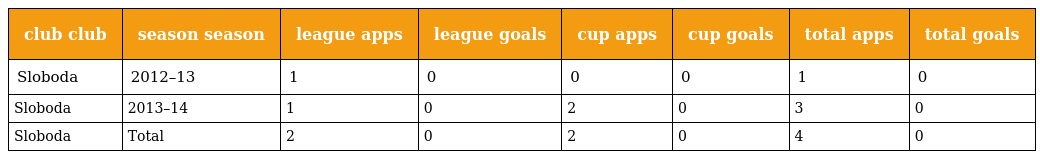
| club club | season season | league apps | league goals | cup apps | cup goals | total apps | total goals |
 | --- | --- | --- | --- | --- | --- | --- | --- |
 | Sloboda | 2012–13 | 1 | 0 | 0 | 0 | 1 | 0 |
 | Sloboda | 2013–14 | 1 | 0 | 2 | 0 | 3 | 0 |
 | Sloboda | Total | 2 | 0 | 2 | 0 | 4 | 0 |